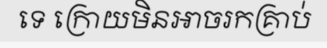
ទេ ក្រោយមិនអាចរកគ្រាប់